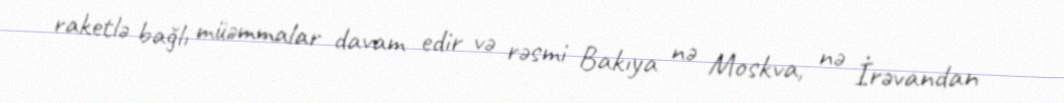
raketlə bağlı müəmmalar davam edir və rəsmi Bakıya nə Moskva, nə İrəvandan